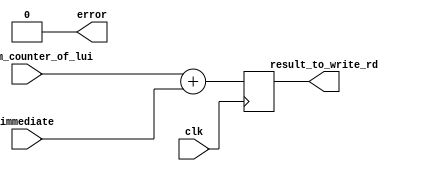
module auipc(
    input wire clk,
    input wire [31: 0] program_counter_of_lui,
    input [31: 0] immediate,

    output wire error,
    output reg [31: 0] result_to_write_rd
);

assign error = 1'b0;

wire [31: 0] auipc_result;
assign auipc_result = program_counter_of_lui + immediate;

always @(posedge clk) begin
    result_to_write_rd <= auipc_result;
end

endmodule